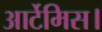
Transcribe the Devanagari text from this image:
आर्टेमिस।